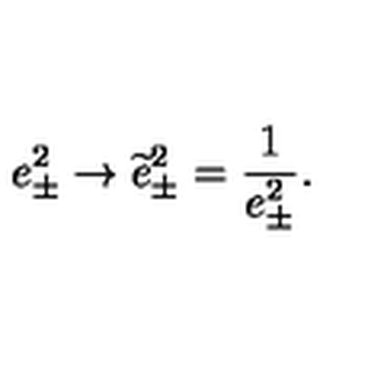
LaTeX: e _ { \pm } ^ { 2 } \rightarrow \widetilde { e } _ { \pm } ^ { 2 } = \frac { 1 } { e _ { \pm } ^ { 2 } } .